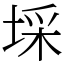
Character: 埰